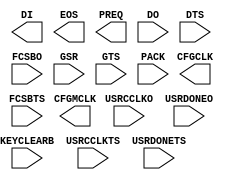
///////////////////////////////////////////////////////////////////////////////
//  Copyright (c) 1995/2015 Xilinx, Inc.
// All Right Reserved.
///////////////////////////////////////////////////////////////////////////////
//   ____  ____
//  /   /\/   /
// /___/  \  /    Vendor : Xilinx
// \   \   \/      Version     : 2015.4
//  \   \          Description : Xilinx Formal Library Component
//  /   /                  User Interface to Global Clock, Reset and 3-State Controls
// /___/   /\     Filename : STARTUPE3.v
// \   \  /  \
//  \___\/\___\
//
///////////////////////////////////////////////////////////////////////////////
// Revision:
//    07/12/13 - Initial version.
// End Revision
///////////////////////////////////////////////////////////////////////////////

`timescale 1 ps / 1 ps

`celldefine

module STARTUPE3 #(
  `ifdef XIL_TIMING //Simprim 
  parameter LOC = "UNPLACED",  
  `endif
  parameter PROG_USR = "FALSE",
  parameter real SIM_CCLK_FREQ = 0.0
)(
  output CFGCLK,
  output CFGMCLK,
  output [3:0] DI,
  output EOS,
  output PREQ,

  input [3:0] DO,
  input [3:0] DTS,
  input FCSBO,
  input FCSBTS,
  input GSR,
  input GTS,
  input KEYCLEARB,
  input PACK,
  input USRCCLKO,
  input USRCCLKTS,
  input USRDONEO,
  input USRDONETS
);

endmodule

`endcelldefine